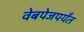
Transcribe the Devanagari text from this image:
वेबपेजपर्यंत